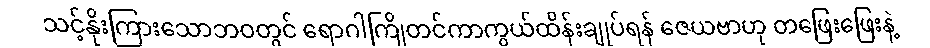
သင့်နိုးကြားသောဘဝတွင် ရောဂါကြိုတင်ကာကွယ်ထိန်းချုပ်ရန် ဇေယဗာဟု တဖြေးဖြေးနဲ့